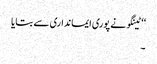
‘‘ ٹینگو نے پوری ایمانداری سے بتایا
۔